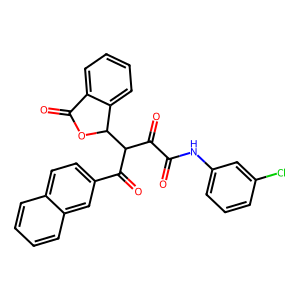
SMILES: O=C(Nc1cccc(Cl)c1)C(=O)C(C(=O)c1ccc2ccccc2c1)C1OC(=O)c2ccccc21
Inhibits HIV replication: No